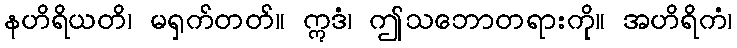
နဟိရိယတိ၊ မရှက်တတ်။ ဣဒံ၊ ဤသဘောတရားကို။ အဟိရိကံ၊